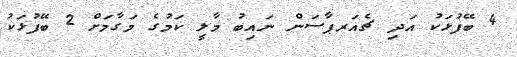
4 ބޭފުޅަކު އަދި ޗެއަރޕާސަން ނައިބު މާލީ ކަމުގެ މަގާމަށް 2 ބޭފުޅަކު